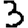
Digit: 3